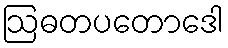
ဩဓတပတောဒေါ